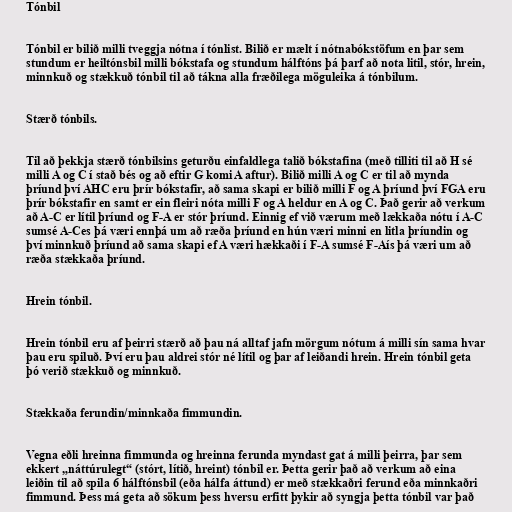
Tónbil

Tónbil er bilið milli tveggja nótna í tónlist. Bilið er mælt í nótnabókstöfum en þar sem
stundum er heiltónsbil milli bókstafa og stundum hálftóns þá þarf að nota litil, stór, hrein,
minnkuð og stækkuð tónbil til að tákna alla fræðilega möguleika á tónbilum.

Stærð tónbils.

Til að þekkja stærð tónbilsins geturðu einfaldlega talið bókstafina (með tilliti til að H sé
milli A og C í stað bés og að eftir G komi A aftur). Bilið milli A og C er til að mynda
þríund því AHC eru þrír bókstafir, að sama skapi er bilið milli F og A þríund því FGA eru
þrír bókstafir en samt er ein fleiri nóta milli F og A heldur en A og C. Það gerir að verkum
að A-C er lítil þríund og F-A er stór þríund. Einnig ef við værum með lækkaða nótu í A-C
sumsé A-Ces þá væri ennþá um að ræða þríund en hún væri minni en litla þríundin og
því minnkuð þríund að sama skapi ef A væri hækkaði í F-A sumsé F-Aís þá væri um að
ræða stækkaða þríund.

Hrein tónbil.

Hrein tónbil eru af þeirri stærð að þau ná alltaf jafn mörgum nótum á milli sín sama hvar
þau eru spiluð. Því eru þau aldrei stór né lítil og þar af leiðandi hrein. Hrein tónbil geta
þó verið stækkuð og minnkuð.

Stækkaða ferundin/minnkaða fimmundin.

Vegna eðli hreinna fimmunda og hreinna ferunda myndast gat á milli þeirra, þar sem
ekkert „náttúrulegt“ (stórt, lítið, hreint) tónbil er. Þetta gerir það að verkum að eina
leiðin til að spila 6 hálftónsbil (eða hálfa áttund) er með stækkaðri ferund eða minnkaðri
fimmund. Þess má geta að sökum þess hversu erfitt þykir að syngja þetta tónbil var það